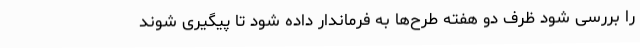
را بررسی شود ظرف دو هفته طرح‌ها به فرماندار داده شود تا پیگیری شوند